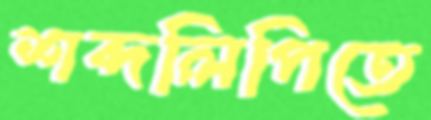
শব্দলিপিতে